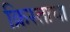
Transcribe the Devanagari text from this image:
क्रिस्ताचा